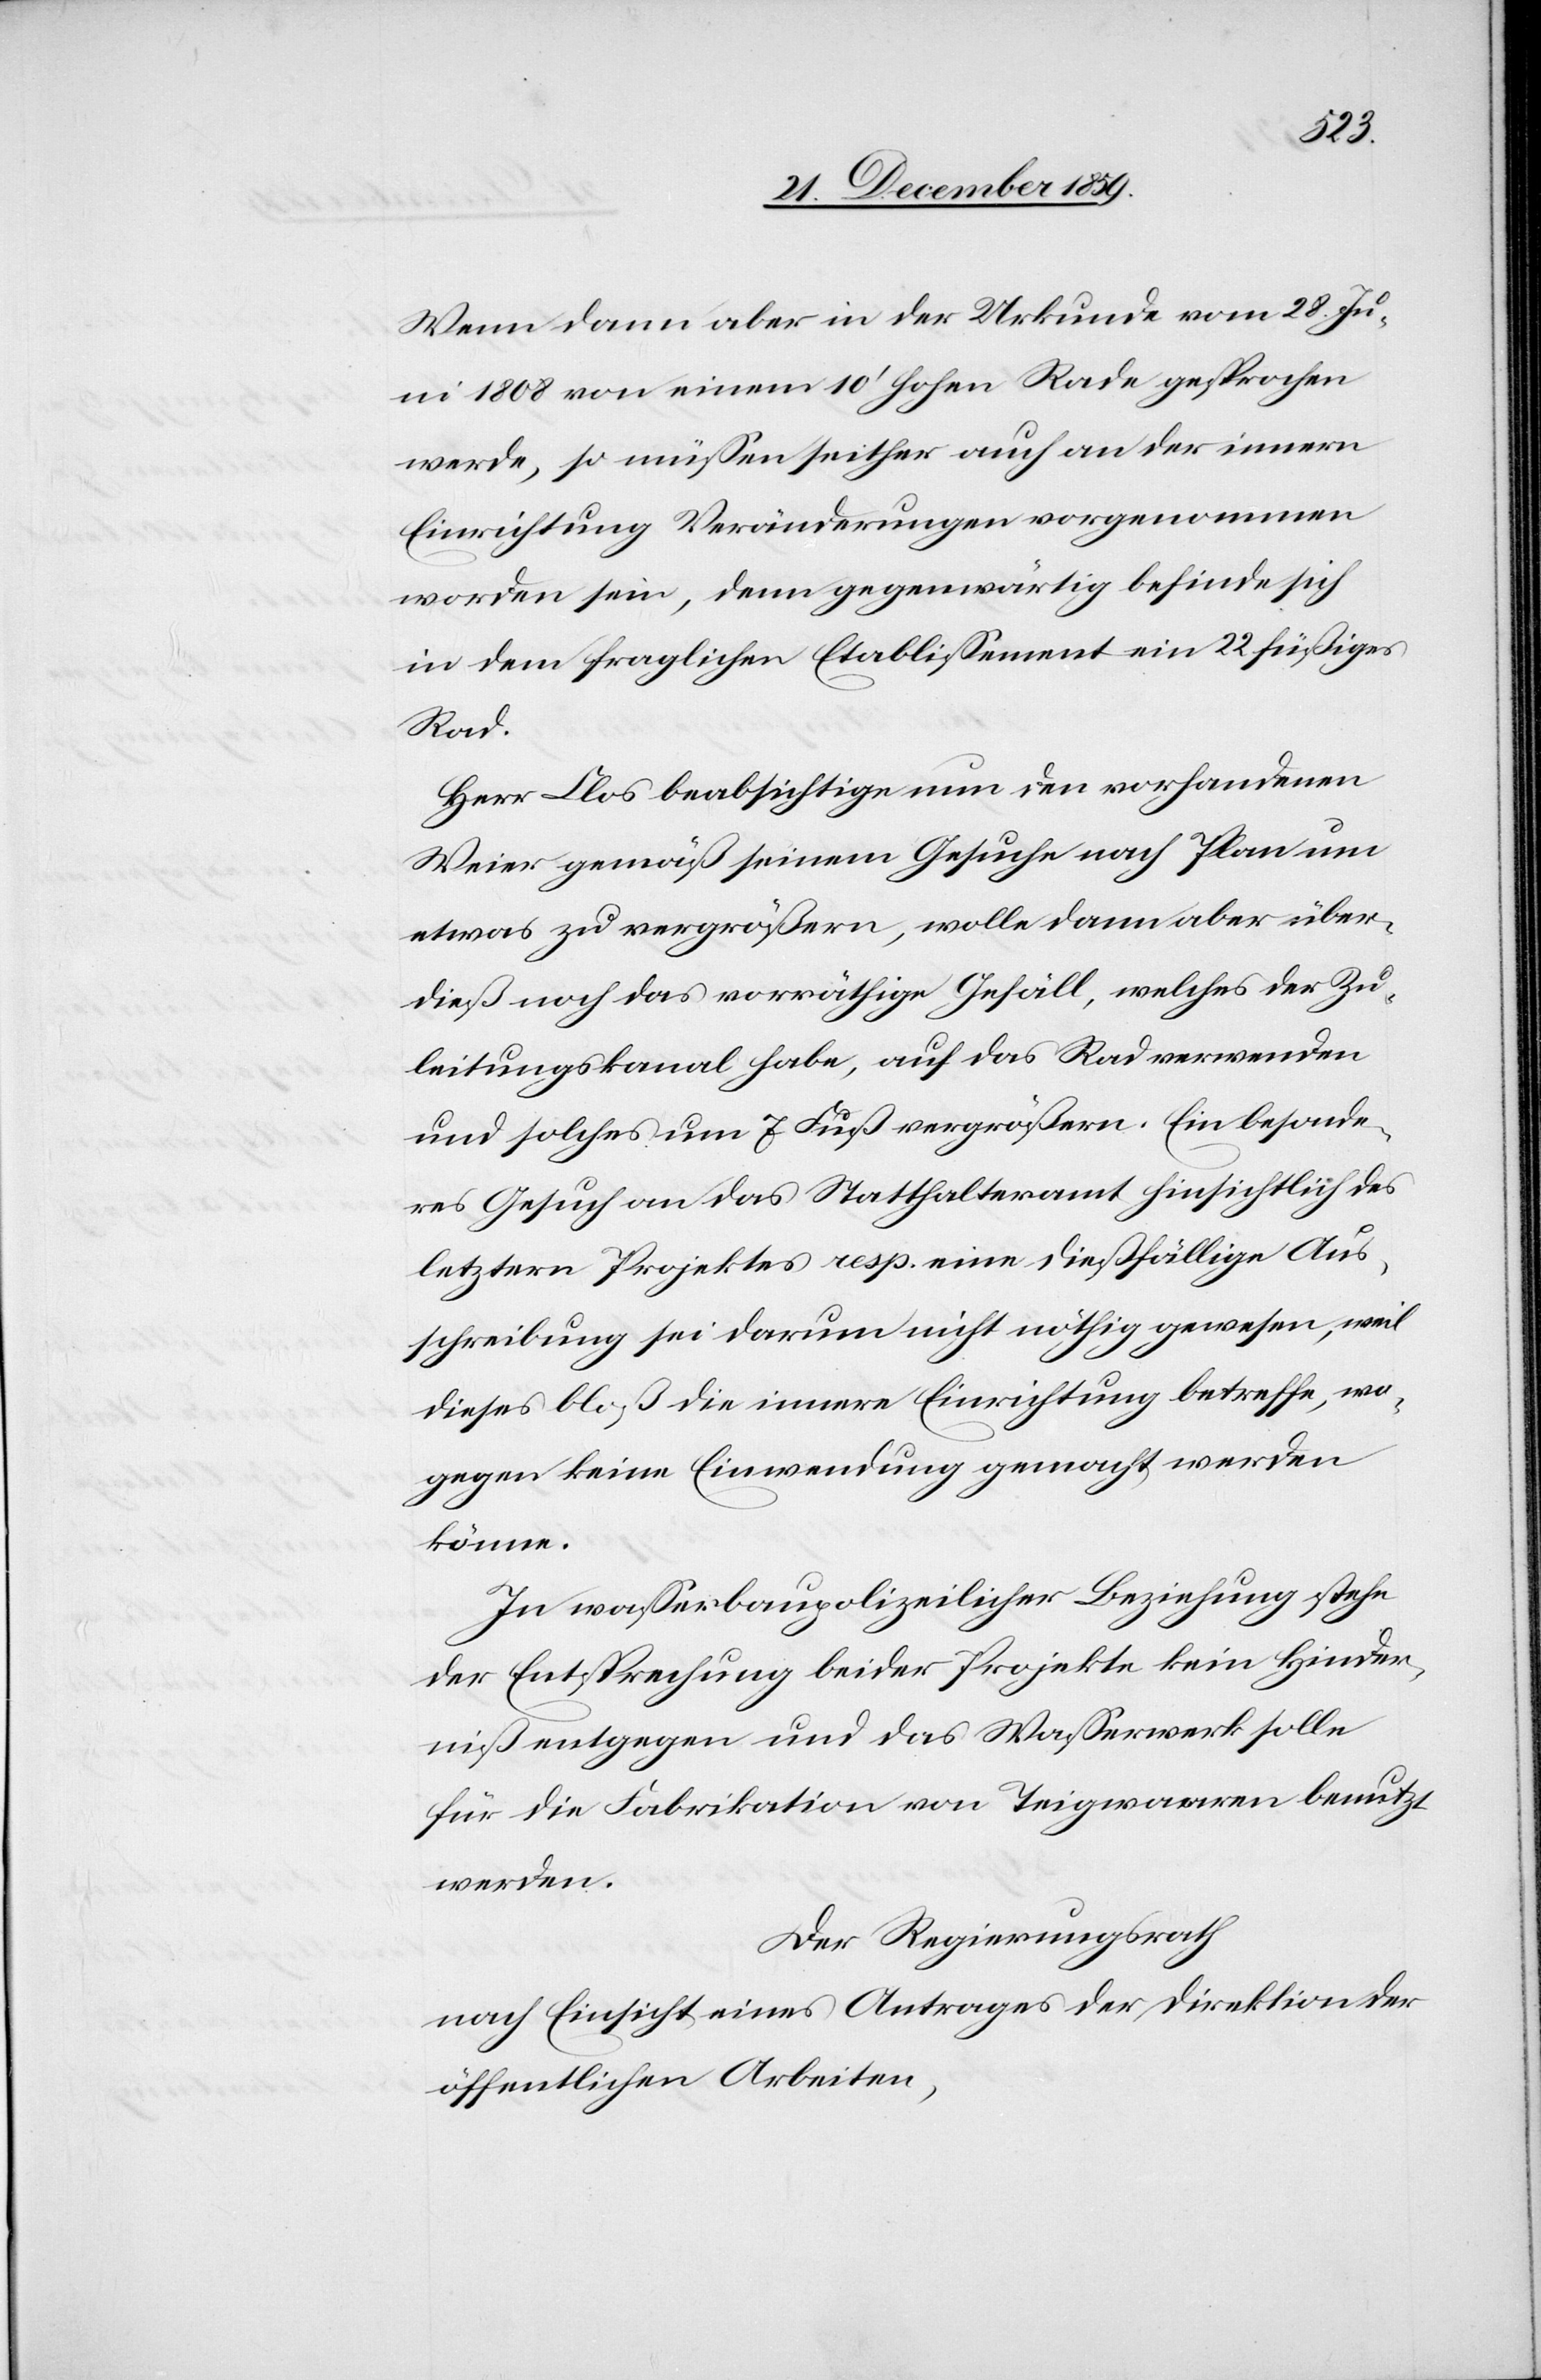
Wenn dann aber in der Urkunde vom 28. Ju¬
ni 1808 von einem 10’ hohen Rade gesprochen
werde, so müssen seither auch an der innern
Einrichtung Veränderungen vorgenommen
worden sein, denn gegenwärtig befinde sich
in dem fraglichen Etablissement ein 22 füßiges
Rad.
Herr Clos beabsichtige nun den vorhandenen
Weier gemäß seinem Gesuche nach Plan um
etwas zu vergrößern, wolle dann aber über¬
dieß noch das vorräthige Gefäll, welches der Zu¬
leitungskanal habe, auf das Rad verwenden
und solches um 7 Fuß vergrößern. Ein besonde¬
res Gesuch an das Statthalteramt hinsichtlich des
letztern Projektes resp. eine dießfällige Aus¬
schreibung sei darum nicht nöthig gewesen, weil
dieses bloß die innere Einrichtung betreffe, wo¬
gegen keine Einwendung gemacht werden
könne.
In wasserbaupolizeilicher Beziehung stehe
der Entsprechung beider Projekte kein Hinder¬
niß entgegen und das Wasserwerk solle
für die Fabrikation von Teigwaaren benutzt
werden.
Der Regierungsrath
nach Einsicht eines Antrages der Direktion der
öffentlichen Arbeiten,